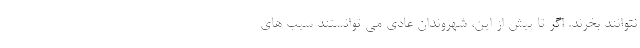
نتوانند بخرند. اگر تا پیش از این، شهروندان عادی می توانستند سیب های